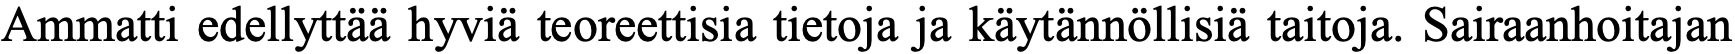
Ammatti edellyttää hyviä teoreettisia tietoja ja käytännöllisiä taitoja. Sairaanhoitajan